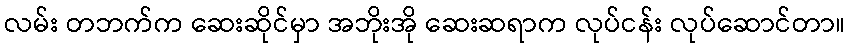
လမ်း တဘက်က ဆေးဆိုင်မှာ အဘိုးအို ဆေးဆရာက လုပ်ငန်း လုပ်ဆောင်တာ။